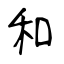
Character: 和